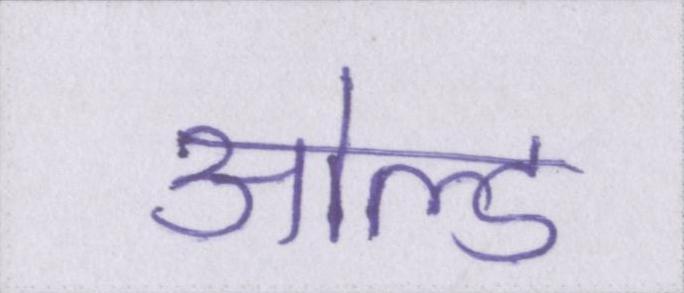
ओल्ड